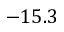
- 1 5 . 3